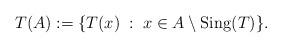
LaTeX: \begin{align*} T(A) :=\{T(x)\;:\;x\in A\setminus\operatorname{Sing}(T)\}. \end{align*}